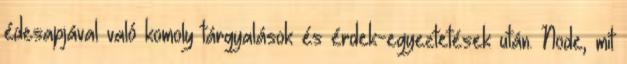
édesapjával való komoly tárgyalások és érdek-egyeztetések után. Node, mit